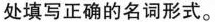
处填写正确的名词形式。